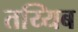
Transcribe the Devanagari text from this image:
तय्यिब